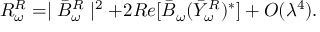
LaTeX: R _ { \omega } ^ { R } = \mid \bar { B } _ { \omega } ^ { R } \mid ^ { 2 } + 2 R e [ \bar { B } _ { \omega } ( \bar { Y } _ { \omega } ^ { R } ) ^ { \ast } ] + { \cal O } ( \lambda ^ { 4 } ) .